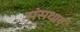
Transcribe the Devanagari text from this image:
संसथाएं